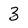
Character: 3